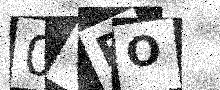
Text: 0TRO